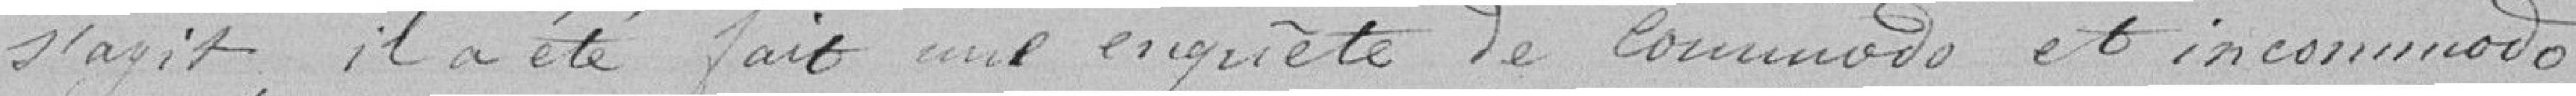
s'agit, il a été fait une enquête de commodo et incommodo